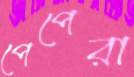
পেপেরা